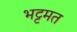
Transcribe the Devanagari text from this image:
भट्टमत